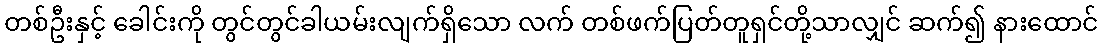
တစ်ဦးနှင့် ခေါင်းကို တွင်တွင်ခါယမ်းလျက်ရှိသော လက် တစ်ဖက်ပြတ်တူရှင်တို့သာလျှင် ဆက်၍ နားထောင်